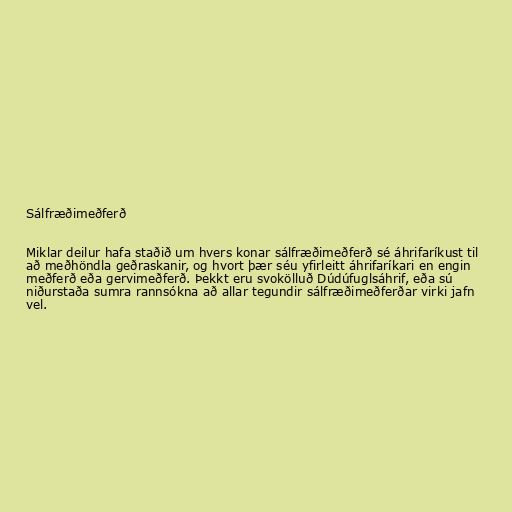
Sálfræðimeðferð

Miklar deilur hafa staðið um hvers konar sálfræðimeðferð sé áhrifaríkust til
að meðhöndla geðraskanir, og hvort þær séu yfirleitt áhrifaríkari en engin
meðferð eða gervimeðferð. Þekkt eru svokölluð Dúdúfuglsáhrif, eða sú
niðurstaða sumra rannsókna að allar tegundir sálfræðimeðferðar virki jafn
vel.